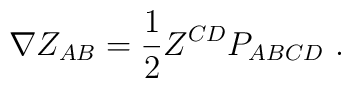
\nabla  Z_{AB} = {1\over 2} Z^{CD} P_{ABCD} \ .